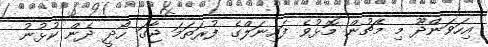
އިހަވަންދޫ މި މެޗުން މޮޅުވެ ފައިނަލްގެ ފުރަތަމަ ޖާގަ ހޯދީ ދެން ކުޅުނު